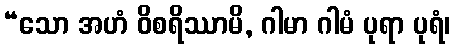
“သော အဟံ ဝိစရိဿာမိ, ဂါမာ ဂါမံ ပုရာ ပုရံ၊